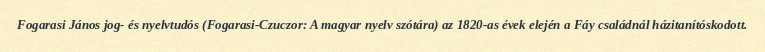
Fogarasi János jog- és nyelvtudós (Fogarasi-Czuczor: A magyar nyelv szótára) az 1820-as évek elején a Fáy családnál házitanítóskodott.